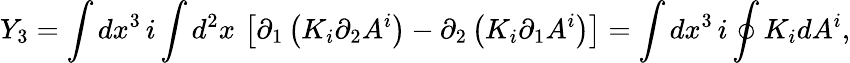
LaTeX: Y_{3}=\int dx^{3}\, i\int d^{2}x\, \left[\partial_{1}\left(K_{i}\partial_{2}A^{i}\right)-\partial_{2}\left(K_{i}\partial_{1}A^{i}\right)\right]=\int dx^{3}\, i\oint K_{i}dA^{i},